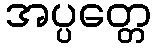
အပ္ပတ္တေ